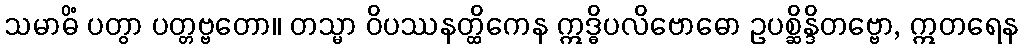
သမာဓိံ ပတွာ ပတ္တဗ္ဗတော။ တသ္မာ ဝိပဿနတ္ထိကေန ဣဒ္ဓိပလိဗောဓော ဥပစ္ဆိန္ဒိတဗ္ဗော, ဣတရေန